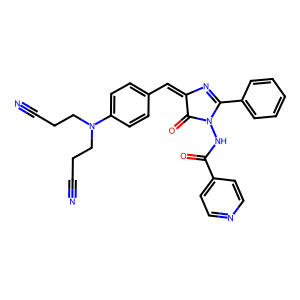
SMILES: N#CCCN(CCC#N)c1ccc(C=C2N=C(c3ccccc3)N(NC(=O)c3ccncc3)C2=O)cc1
Inhibits HIV replication: No